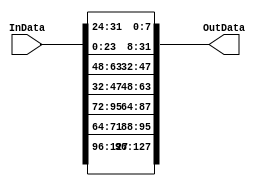
module InverseShiftRows
(
    InData,
    OutData
);

input [0:127] InData;
output [0:127] OutData;

//ROW1
assign OutData[0:31]=InData[0:31];
//ROW2
genvar j;
assign OutData[32:39]=InData[56:63];
generate
    for(j=32;j<49;j=j+8)
    assign OutData[j+8:j+15]=InData[j:j+7];
endgenerate
//ROW3
assign OutData[72:79]=InData[88:95];
assign OutData[64:71]=InData[80:87];
generate
    for(j=64;j<73;j=j+8)
    assign OutData[j+16:j+23]=InData[j:j+7];
endgenerate
//ROW4
assign OutData[120:127]=InData[96:103];
generate
    for(j=104;j<121;j=j+8)
    assign OutData[j-8:j-1]=InData[j:j+7];
endgenerate


endmodule